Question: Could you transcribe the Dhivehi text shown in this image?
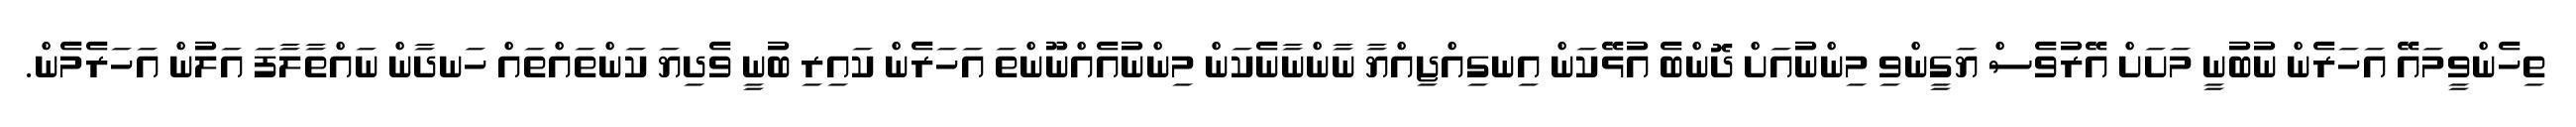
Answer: ތިހެންވީމައޭ އަހަރެން ނުބުނީ މަށަށް އޭރުވެސް ޔަގީންވި މިންނުއަށް ދޮންބެ އުޅޭކަން އިނގިއްޖިއްޔާ ނާންނާނެކަން މިންނުއެއްނޫންތަ އަހަރެން ކައިރި ބުނީ ވެދިޔަ ކަންތައްތައް ހަނދާން ނައްތާލާފަ އަލުން އަހަރެމެން.